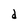
Character: d